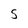
Character: S